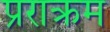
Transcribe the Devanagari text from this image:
प्रराक्रम